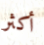
أكثر